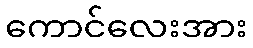
ကောင်လေးအား